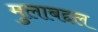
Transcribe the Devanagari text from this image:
मुलाबद्दल